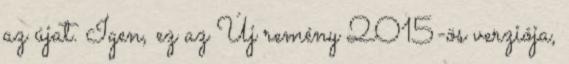
az újat. Igen, ez az Új remény 2015-ös verziója,